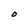
Character: O